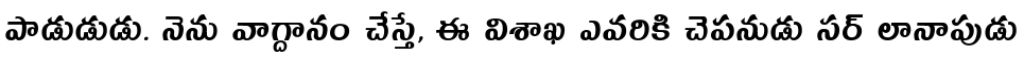
పాడుడుడు. నెను వాగ్దానం చేస్తే, ఈ విశాఖ ఎవరికి చెపనుడు సర్ లానాపుడు